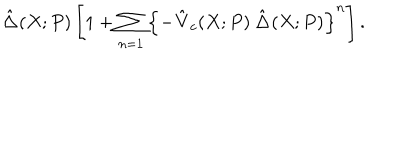
\hat { \bf \Delta } ( X ; P ) \left[ 1 + \sum _ { n = 1 } \left\{ - \hat { \bf V } _ { c } ( X ; P ) \, \hat { \bf \Delta } ( X ; P ) \right\} ^ { n } \right] .